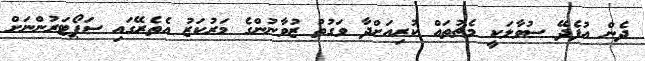
ދެން އުފެދޭ ސުވާލަކީ މެޗުތައް ކުރިއަށްދާ ވަގުތު ޒުވާނުންގެ މަރުކަޒު އެތެރޭގައި ސަޕޯޓަރުންނަށް